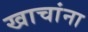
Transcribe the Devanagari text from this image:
खाचांना